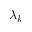
\lambda _ { k }